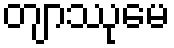
တျာဿုမေ